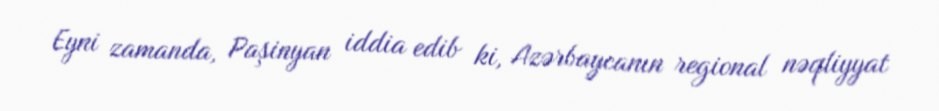
Eyni zamanda, Paşinyan iddia edib ki, Azərbaycanın regional nəqliyyat